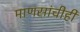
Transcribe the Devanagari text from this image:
माणसांचीही